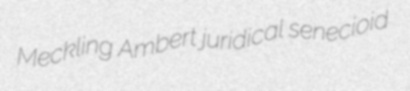
Meckling Ambert juridical senecioid